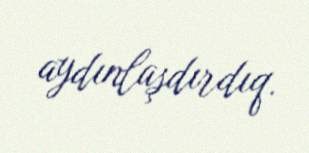
aydınlaşdırdıq.